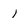
Character: 1